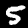
Label: 5